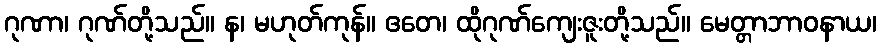
ဂုဏာ၊ ဂုဏ်တို့သည်။ န၊ မဟုတ်ကုန်။ ဧတေ၊ ထိုဂုဏ်ကျေးဇူးတို့သည်။ မေတ္တာဘာဝနာယ၊